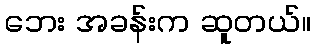
ဘေး အခန်းက ဆူတယ်။